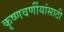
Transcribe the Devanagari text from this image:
कृष्णवर्णीयांसाठी